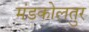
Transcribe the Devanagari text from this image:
मंडकोलतुर